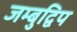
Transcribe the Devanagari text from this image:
जम्‍बुद्विप